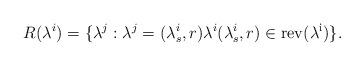
LaTeX: \begin{align*}R(\lambda^i)=\{\lambda^j: \lambda^j=(\lambda^i_s,r)\lambda^i (\lambda^i_s,r)\in \rm{rev}(\lambda^i)\}.\end{align*}